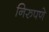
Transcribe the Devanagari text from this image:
निरुपणे